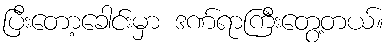
ပြီးတော့ခေါင်းမှာ ဒဏ်ရာကြီးတွေ့တယ်။